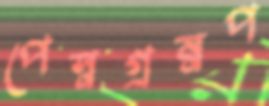
পেস্নগ্রম্নপ